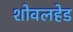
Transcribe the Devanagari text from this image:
शोवलहेड